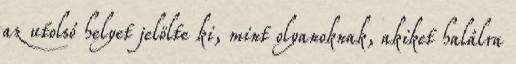
az utolsó helyet jelölte ki, mint olyanoknak, akiket halálra